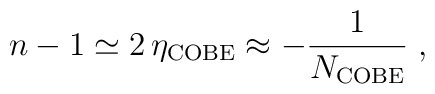
n-1 \simeq 2\,\eta_{\rm COBE} \approx -\frac{1}{N_{\rm COBE}} \;,